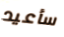
سأعيد